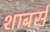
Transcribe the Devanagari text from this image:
शाबर्स